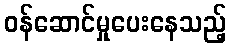
ဝန်ဆောင်မှုပေးနေသည့်